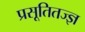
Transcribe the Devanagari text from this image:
प्रसूतितज्‍ज्ञ